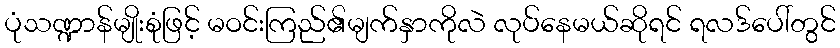
ပုံသဏ္ဍာန်မျိုးစုံဖြင့် မဝင်းကြည်၏မျက်နှာကိုလဲ လုပ်နေမယ်ဆိုရင် ရလဒ်ပေါ်တွင်